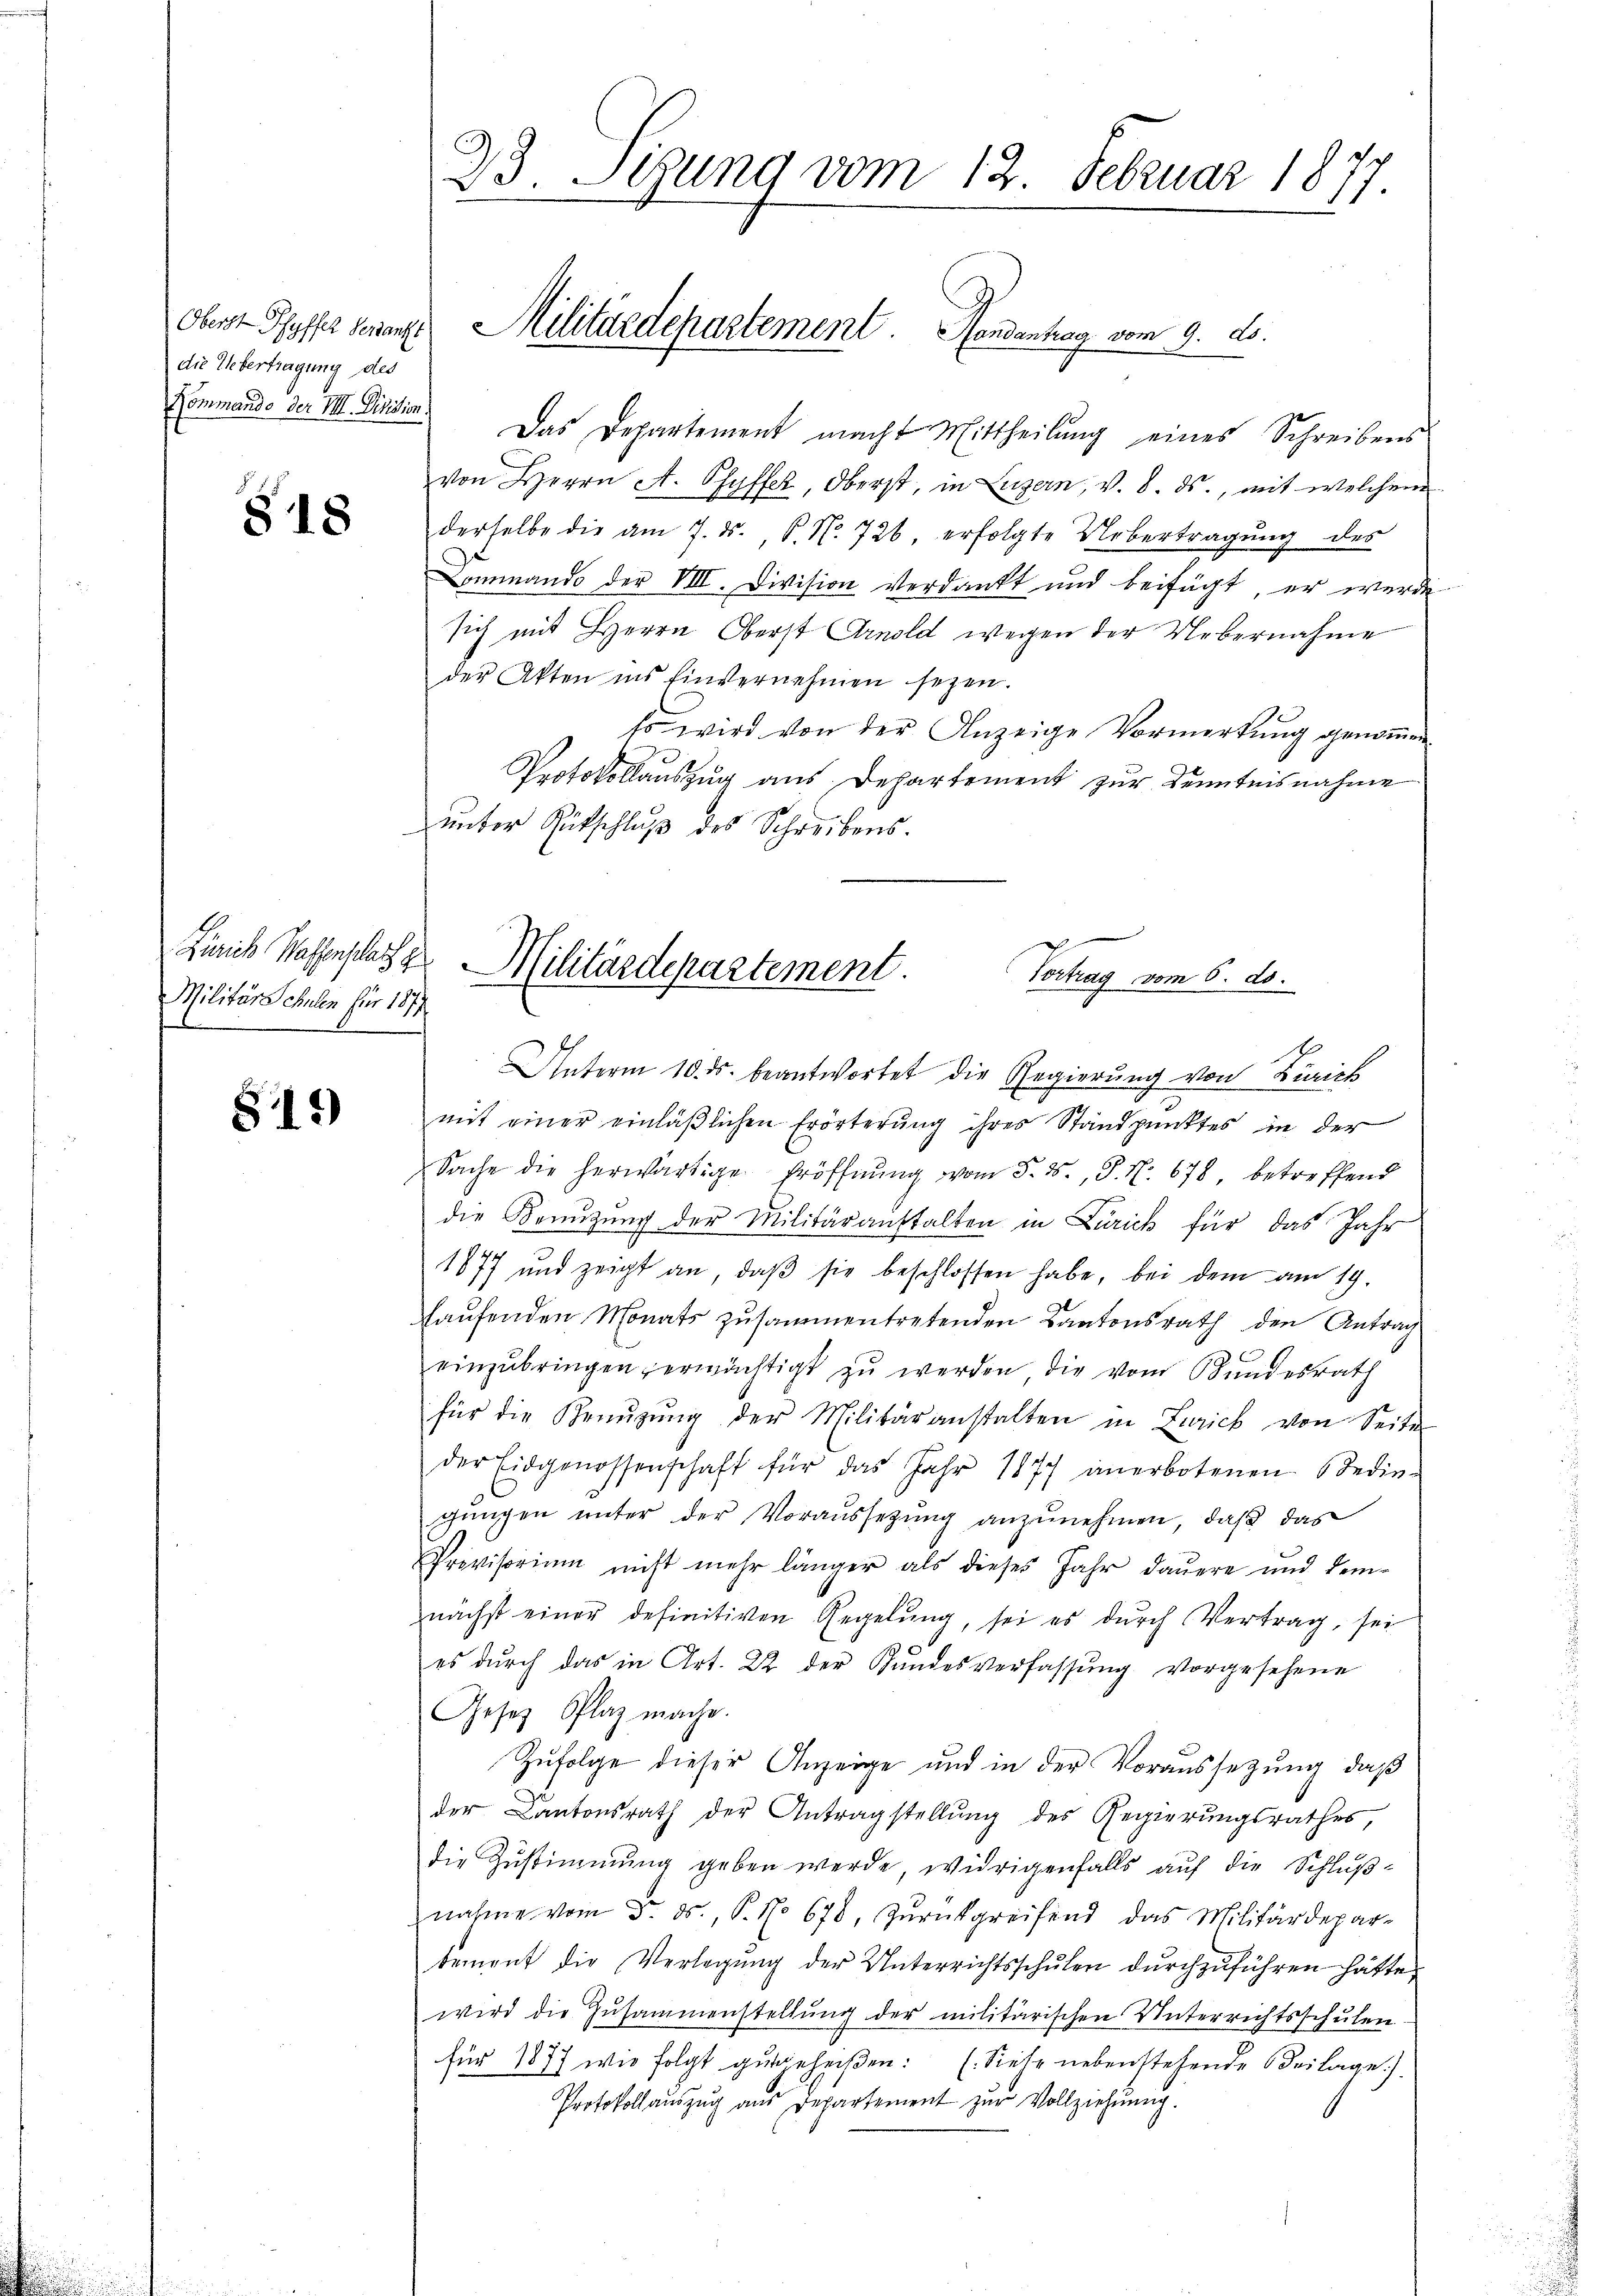
die Elbertragung des

818

Zürich Wassenschaft zu
Militärschulen für 1874.

89)

23. Sitzung vom 12. Februar 1877

Kommando der III. Diesen. Das Departement macht Mittheilŭng eines Schreibens
von Herrn A. Pfyffer, Oberst, in Luzern, v. 8. ds., mit welchem
derselbe die am 7. ds. P. Nr. 726. erfolgte Uebertragŭng des
Lommando der VIII. Division verdankt und beifügt, er werde
sich mit Herrn Oberst Arnold wegen der Uebernahme
der Akten ins Einvernehmen seyen.
so wird von der Anzeige Vormerkung genommen.
Protokollauszug aus Departement zur Kenntnisnahme
unter Gütschluß des Schreibens.

Oberst Pfyffer seinanze Militärdepartement. Handantrag vom 9. d.

Militärdepartement.
Vortrag vom 6. ds.

Unterm 10. ds. beantwortet die Regierung von Zürich
mit einer einläßlichen Erörterung ihres Standpunktes in der
Sache die herwärtige Eröffnŭng vom 5. d. P. Nr. 678, betreffend
die Benutzung der Militäranstalten in Zürich für das Jahr
1877 und zeigt an, daβ sie beschlossen habe, bei dem am 19.
hausenden Monats zusammentretenden Kantonsrath den Antrag
E
einzŭbringen ermächtigt zŭ werden, die vom Bundesrath
für die Benŭzŭng der Militäranstalten in Zürich von Seite
der Eidgenossenschaft für das Jahr 1877 anerbotenen Bedin-
gŭngen unter der Voraussetzung anzunehmen, daß das
Provisorium nicht mehr länger als dieses Jahr dauere und dem
nächst einer definitiven Regelŭng, sei es dŭrch Vertrag, sei
es durch das in Art. 22 der Hundesverfassŭng vorgesehene
Gesetz Plaz mache.
Zufolge dieser Anzeige und in der Voraussetzung, daß
der Kantonsrath der Antragstellung des Regierungsrathes,
die Zustimmung geben werde, widrigenfalls auf die Schlußnahme vom 5. ds., P. No 678, zŭrückgreifend das Militärdepar-
tement die Verlegung der Unterrichtsschulen durchzuführen hätte,
wird die Zusammenstellŭng der militärischen Unterrichtsschulen.
für 1877 wie folgt gutgeheißen. (Siehe nebenstehende Beilage)
Protokoll aŭszŭg aŭs Departement zŭr Vollziehung.